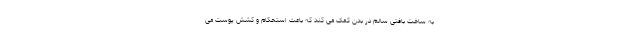
به ساخت بافتی سالم در بدن کمک می کند که باعث استحکام و کشش پوست می